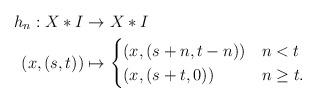
LaTeX: \begin{align*}h_n:X\ast I&\to X\ast I\\(x,(s,t))&\mapsto\begin{cases} (x,(s+n,t-n)) & n<t\\ (x,(s+t,0)) & n\ge t. \end{cases}\end{align*}